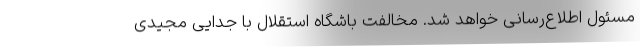
مسئول اطلاع‌رسانی خواهد شد. مخالفت باشگاه استقلال با جدایی مجیدی